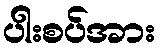
ပါးစပ်အား